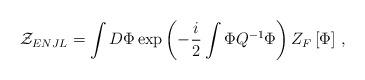
LaTeX: \begin{align*}{\cal Z}_{ENJL} = \int D\Phi\exp\left(-{i\over2}\int\Phi Q^{-1}\Phi\right) Z_F\left[\Phi\right]\,,\end{align*}